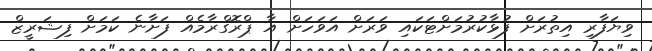
ވިޔަފާރި އިތުރަށް ފުޅާކުރުމަށްޓަކައި ވަރަށް އަވަހަށް އާ ޕްރޮގްރާމެއް ފަށާނެ ކަމަށް ފިޝަރީޒް